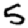
Digit: 5